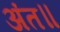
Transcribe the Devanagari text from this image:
अंत॥